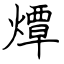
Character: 燂